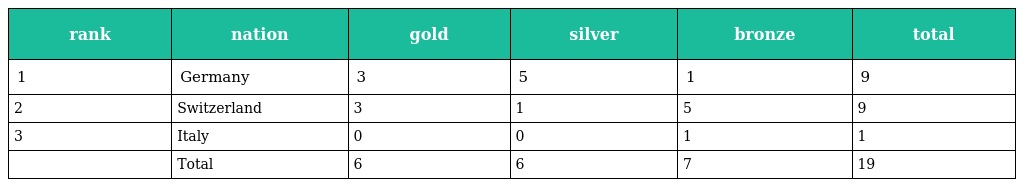
| rank | nation | gold | silver | bronze | total |
 | --- | --- | --- | --- | --- | --- |
 | 1 | Germany | 3 | 5 | 1 | 9 |
 | 2 | Switzerland | 3 | 1 | 5 | 9 |
 | 3 | Italy | 0 | 0 | 1 | 1 |
 |  | Total | 6 | 6 | 7 | 19 |